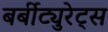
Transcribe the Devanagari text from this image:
बर्बीट्युरेट्स